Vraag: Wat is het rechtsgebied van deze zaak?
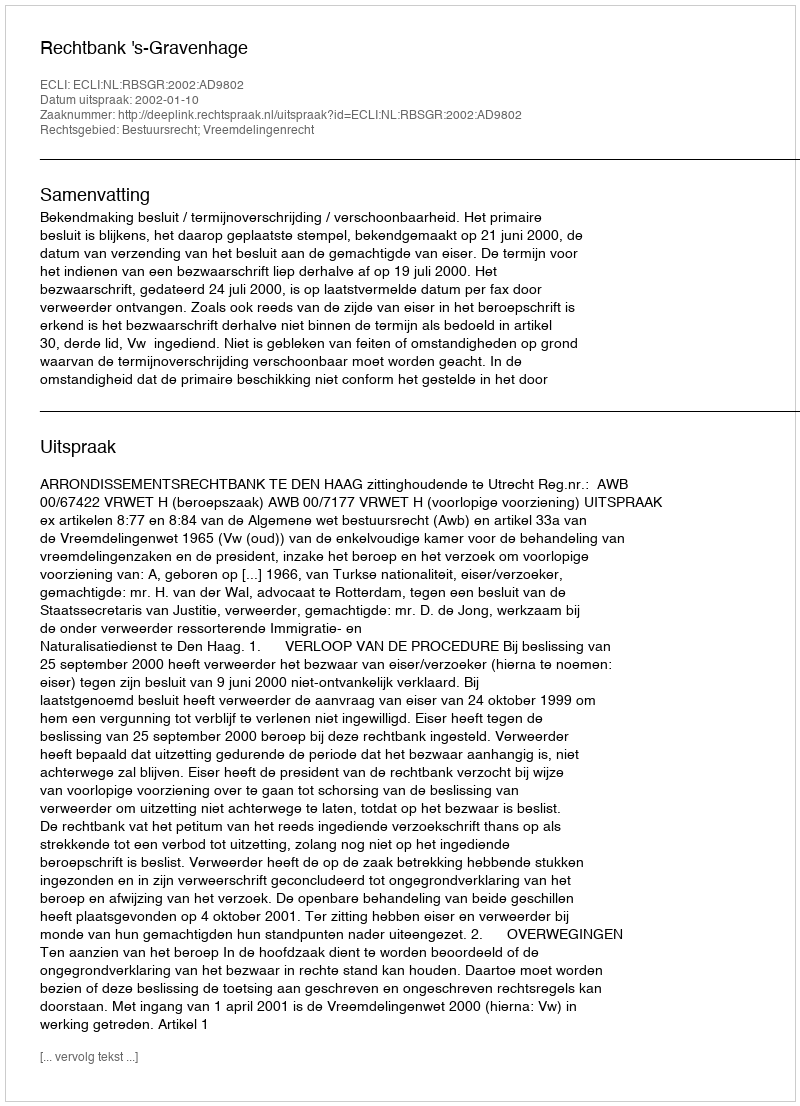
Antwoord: Bestuursrecht; Vreemdelingenrecht